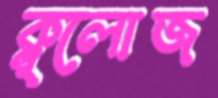
ক্ল্লোজ